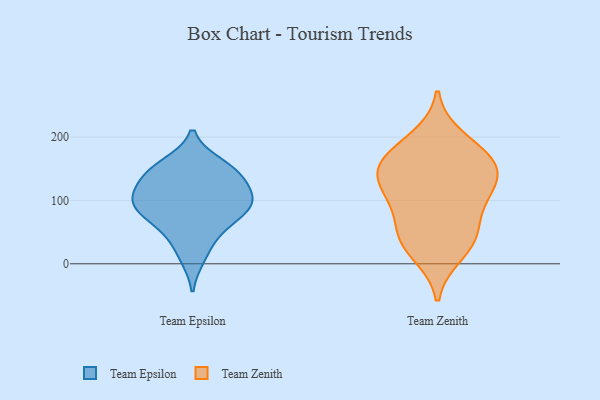
{"axis": {"x": "Page Views", "y": "Value"}, "legend": ["Team Epsilon", "Team Zenith"], "data": [{"x": "", "y": 157, "type": "Team Epsilon"}, {"x": "", "y": 106, "type": "Team Epsilon"}, {"x": "", "y": 41, "type": "Team Epsilon"}, {"x": "", "y": 148, "type": "Team Epsilon"}, {"x": "", "y": 96, "type": "Team Epsilon"}, {"x": "", "y": 98, "type": "Team Epsilon"}, {"x": "", "y": 62, "type": "Team Epsilon"}, {"x": "", "y": 136, "type": "Team Epsilon"}, {"x": "", "y": 84, "type": "Team Epsilon"}, {"x": "", "y": 149, "type": "Team Epsilon"}, {"x": "", "y": 78, "type": "Team Epsilon"}, {"x": "", "y": 125, "type": "Team Epsilon"}, {"x": "", "y": 10, "type": "Team Epsilon"}, {"x": "", "y": 100, "type": "Team Epsilon"}, {"x": "", "y": 198, "type": "Team Zenith"}, {"x": "", "y": 158, "type": "Team Zenith"}, {"x": "", "y": 143, "type": "Team Zenith"}, {"x": "", "y": 112, "type": "Team Zenith"}, {"x": "", "y": 155, "type": "Team Zenith"}, {"x": "", "y": 102, "type": "Team Zenith"}, {"x": "", "y": 52, "type": "Team Zenith"}, {"x": "", "y": 107, "type": "Team Zenith"}, {"x": "", "y": 175, "type": "Team Zenith"}, {"x": "", "y": 149, "type": "Team Zenith"}, {"x": "", "y": 35, "type": "Team Zenith"}, {"x": "", "y": 16, "type": "Team Zenith"}, {"x": "", "y": 48, "type": "Team Zenith"}]}